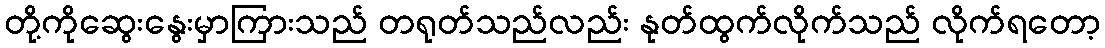
တို့ကိုဆွေးနွေးမှာကြားသည် တရုတ်သည်လည်း နုတ်ထွက်လိုက်သည် လိုက်ရတော့